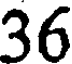
36